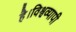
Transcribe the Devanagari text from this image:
है।विश्वव्यापी